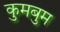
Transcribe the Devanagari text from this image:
कुमबुम